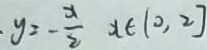
y = - \frac { x } { 2 } x \epsilon ( 0 , 2 ]